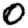
Digit: 0